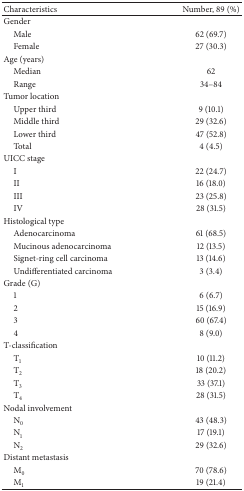
<table><thead><tr><td><b>Characteristics</b></td><td><b>Number, 89 (%)</b></td></tr></thead><tbody><tr><td>Gender</td><td> </td></tr><tr><td> Male</td><td>62 (69.7)</td></tr><tr><td> Female</td><td>27 (30.3)</td></tr><tr><td>Age (years)</td><td> </td></tr><tr><td> Median</td><td>62</td></tr><tr><td> Range</td><td>34–84</td></tr><tr><td>Tumor location</td><td> </td></tr><tr><td> Upper third</td><td>9 (10.1) </td></tr><tr><td> Middle third</td><td>29 (32.6)</td></tr><tr><td> Lower third</td><td>47 (52.8)</td></tr><tr><td> Total</td><td>4 (4.5)</td></tr><tr><td>UICC stage</td><td> </td></tr><tr><td> I</td><td>22 (24.7)</td></tr><tr><td> II</td><td>16 (18.0)</td></tr><tr><td> III</td><td>23 (25.8)</td></tr><tr><td> IV</td><td>28 (31.5)</td></tr><tr><td>Histological type</td><td> </td></tr><tr><td> Adenocarcinoma</td><td>61 (68.5)</td></tr><tr><td> Mucinous adenocarcinoma</td><td>12 (13.5)</td></tr><tr><td> Signet-ring cell carcinoma</td><td>13 (14.6)</td></tr><tr><td> Undifferentiated carcinoma</td><td>3 (3.4)</td></tr><tr><td>Grade (G)</td><td> </td></tr><tr><td> 1</td><td>6 (6.7)</td></tr><tr><td> 2</td><td>15 (16.9)</td></tr><tr><td> 3</td><td>60 (67.4)</td></tr><tr><td> 4</td><td>8 (9.0)</td></tr><tr><td>T-classification</td><td> </td></tr><tr><td> T<sub>1</sub></td><td>10 (11.2)</td></tr><tr><td> T<sub>2</sub></td><td>18 (20.2)</td></tr><tr><td> T<sub>3</sub></td><td>33 (37.1)</td></tr><tr><td> T<sub>4</sub></td><td>28 (31.5)</td></tr><tr><td>Nodal involvement</td><td> </td></tr><tr><td> N<sub>0</sub></td><td>43 (48.3)</td></tr><tr><td> N<sub>1</sub></td><td>17 (19.1)</td></tr><tr><td> N<sub>2</sub></td><td>29 (32.6)</td></tr><tr><td>Distant metastasis</td><td> </td></tr><tr><td> M<sub>0</sub></td><td>70 (78.6)</td></tr><tr><td> M<sub>1</sub></td><td>19 (21.4)</td></tr></tbody></table>